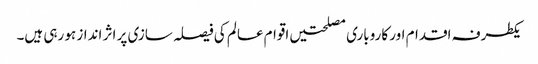
یکطرفہ اقدام اور کاروباری مصلحتیں اقوام عالم کی فیصلہ سازی پر اثر انداز ہو رہی ہیں۔